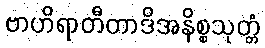
ဗာဟိရာတီတာဒိအနိစ္စသုတ္တံ